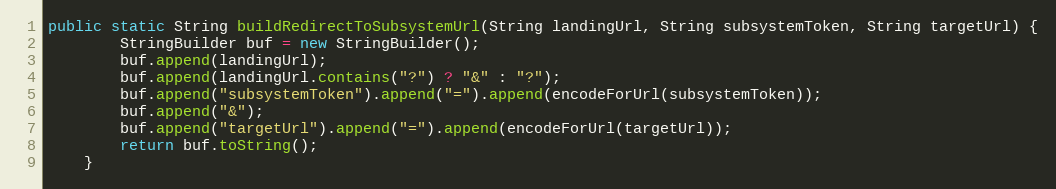
Language: Java
public static String buildRedirectToSubsystemUrl(String landingUrl, String subsystemToken, String targetUrl) {
        StringBuilder buf = new StringBuilder();
        buf.append(landingUrl);
        buf.append(landingUrl.contains("?") ? "&" : "?");
        buf.append("subsystemToken").append("=").append(encodeForUrl(subsystemToken));
        buf.append("&");
        buf.append("targetUrl").append("=").append(encodeForUrl(targetUrl));
        return buf.toString();
    }